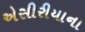
એસીરીયાના